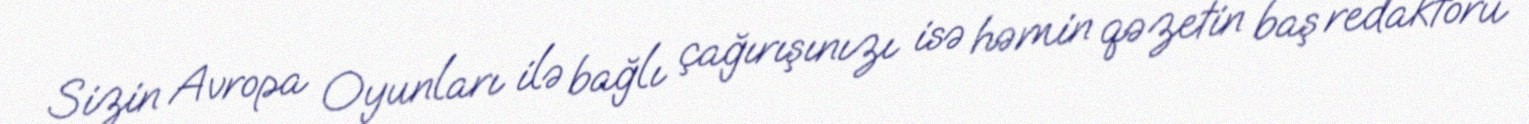
Sizin Avropa Oyunları ilə bağlı çağırışınızı isə həmin qəzetin baş redaktoru